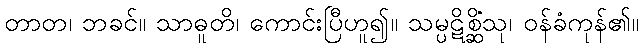
တာတ၊ ဘခင်။ သာဓူတိ၊ ကောင်းပြီဟူ၍။ သမ္ပဋိစ္ဆိံသု၊ ဝန်ခံကုန်၏။